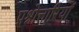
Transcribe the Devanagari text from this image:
प्रश्नोत्तारियों